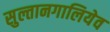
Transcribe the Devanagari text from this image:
सुल्तानगालियेव